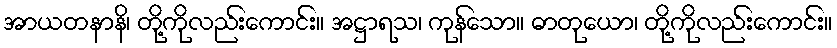
အာယတနာနိ၊ တို့ကိုလည်းကောင်း။ အဋ္ဌာရသ၊ ကုန်သော။ ဓာတုယော၊ တို့ကိုလည်းကောင်း။